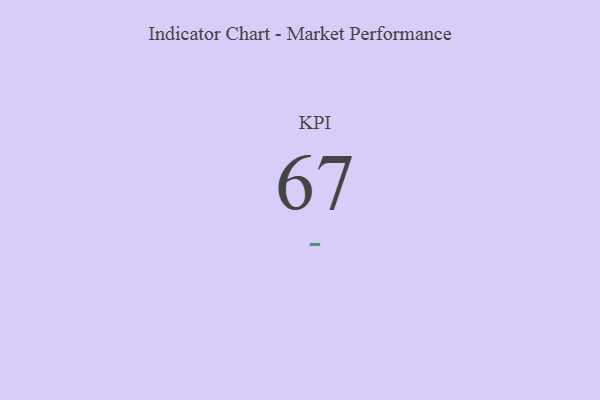
{"axis": {"x": "KPI", "y": "Value"}, "legend": [""], "data": [{"x": "KPI", "y": 67, "type": ""}]}